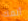
ألمك